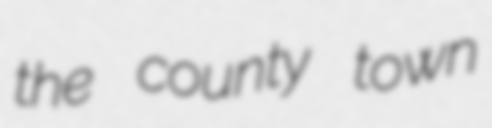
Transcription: the county town